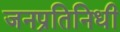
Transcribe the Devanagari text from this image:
जनप्रतिनिधी